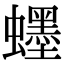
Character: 䘃